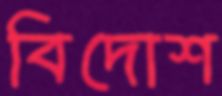
বিদোশ